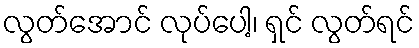
လွတ်အောင် လုပ်ပေါ့၊ ရှင် လွတ်ရင်